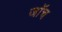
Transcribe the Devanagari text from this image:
जाॅच